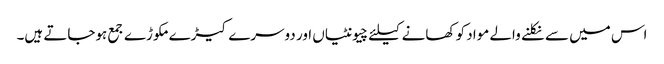
اس میں سے نکلنے والے مواد کو کھانے کیلئے چیونٹیاں اور دوسرے کیڑے مکوڑے جمع ہوجاتے ہیں۔